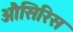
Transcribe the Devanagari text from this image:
औसिरिस